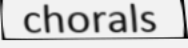
chorals